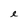
Character: e